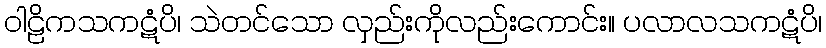
ဝါဠိကသကဋံပိ၊ သဲတင်သော လှည်းကိုလည်းကောင်း။ ပလာလသကဋံပိ၊